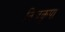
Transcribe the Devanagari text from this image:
निजकृपा